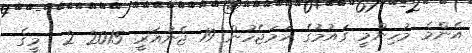
އެންމެ މުހިންމީ ގައުމުގެ ހަމަޖެހުން 19 ޖެނުއަރީ 2015 2  މީގެ